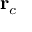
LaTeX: \mathbf { r } _ { c }